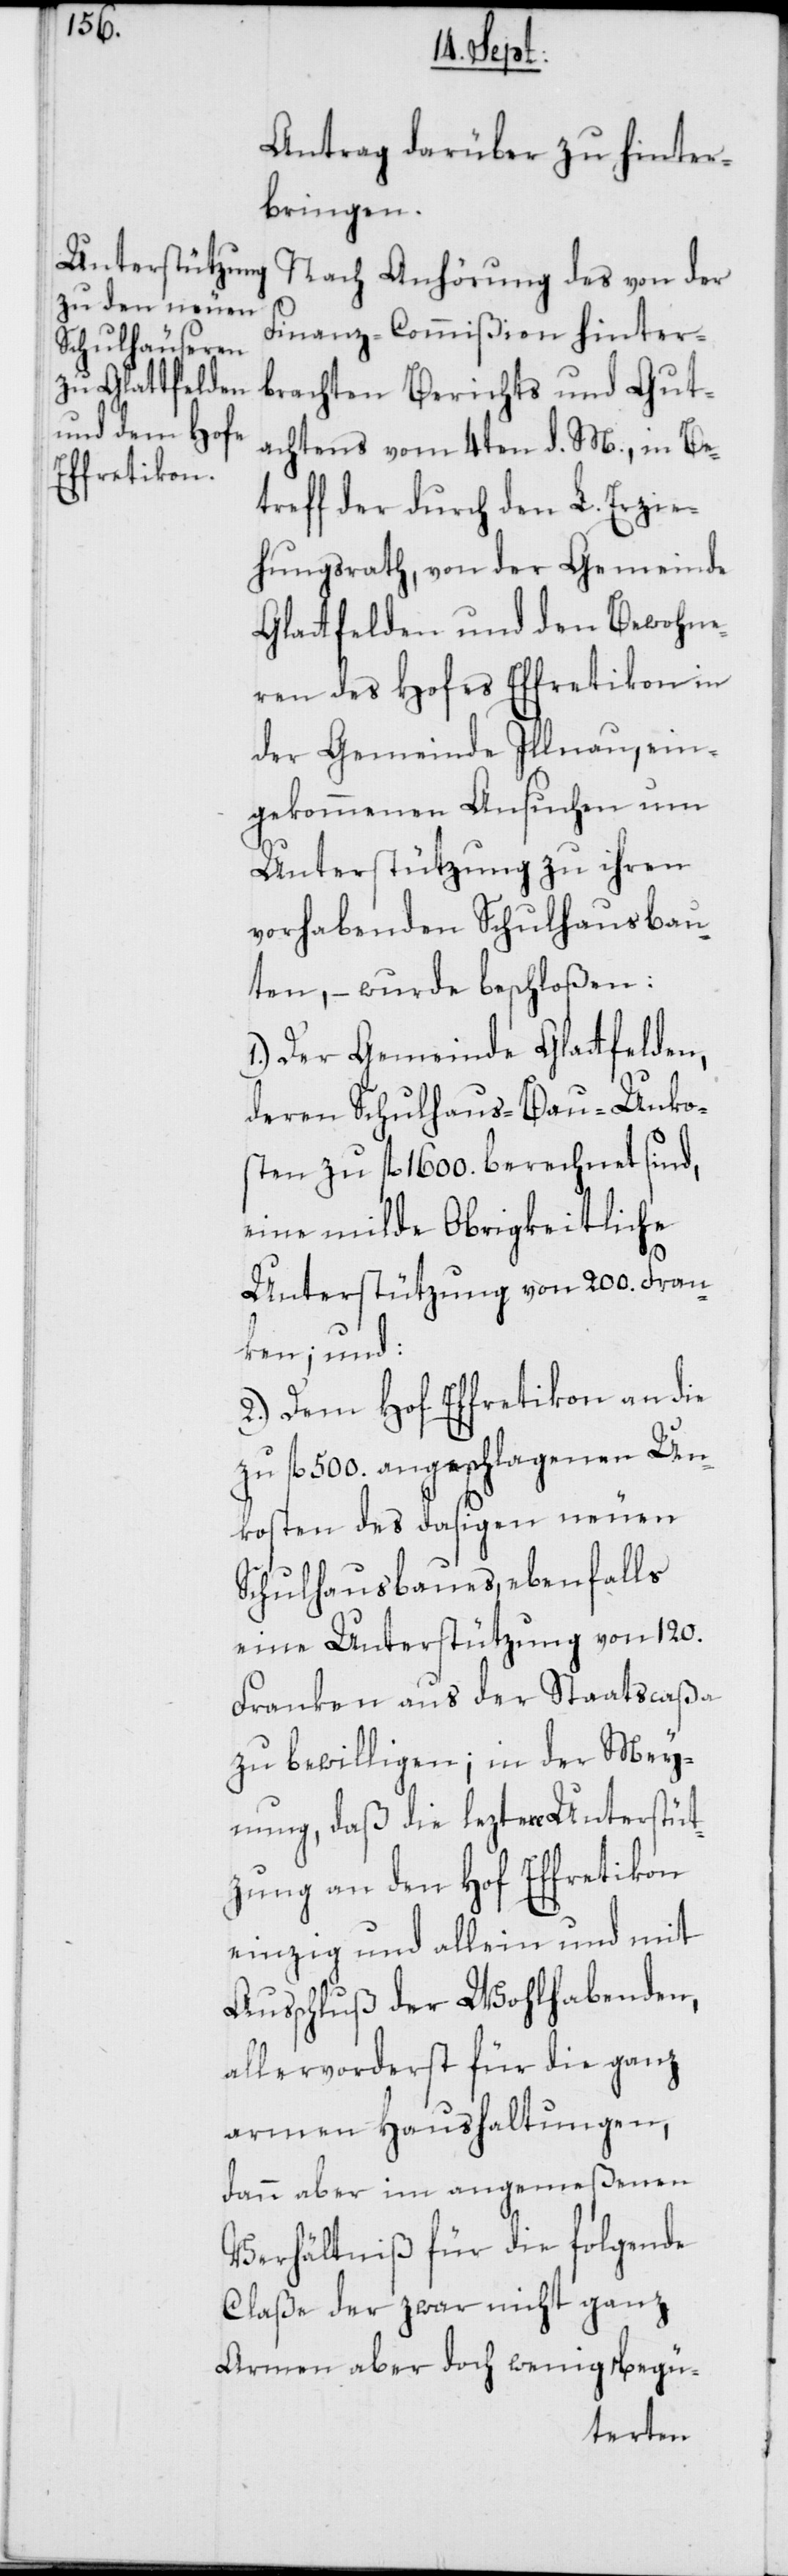
Antrag darüber zu hinter¬
bringen.
Nach Anhörung des von der
Finanz-Commißion hinter¬
brachten Berichts und Gut¬
achtens vom 4ten d. M., in Be¬
treff der durch den L. Erzie¬
hungsrath, von der Gemeinde
Glattfelden und den Bewohne¬
ren des Hofes Effretikon in
der Gemeinde Illnau, ein¬
gekommenen Ansuchen um
Unterstützung zu ihren
vorhabenden Schulhausbau¬
ten, – wurde beschloßen:
1.) Der Gemeinde Glattfelden,
deren Schulhaus-Bau-Unko¬
sten zu fl. 1600. berechnet sind,
eine milde Obrigkeitliche
Unterstützung von 200. Fran¬
ken; und:
2.) Dem Hof Effretikon an die
zu fl. 500 angeschlagenen Un¬
kosten des dasigen neuen
Schulhausbaues, ebenfalls
eine Unterstützung von 120.
Franken aus der Staatscaßa
zu bewilligen; in der Mey¬
nung, daß die leztere Unterstüt¬
zung an den Hof Effretikon
einzig und allein und mit
Ausschluß der Wohlhabenden,
allervorderst für die ganz
armen Haushaltungen,
dann aber im angemeßenen
Verhältniß für die folgende
Claße der zwar nicht ganz
Armen aber doch wenig Begü-